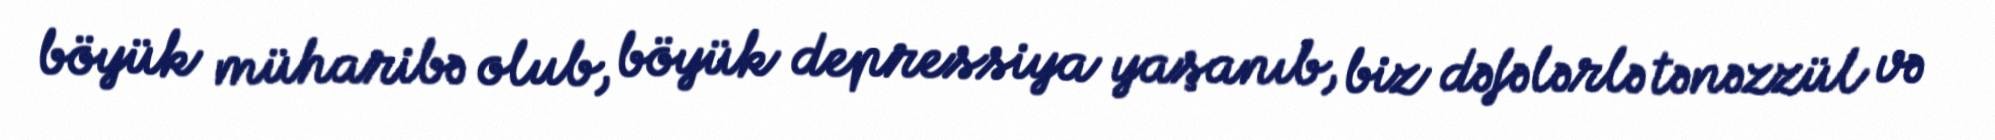
böyük müharibə olub, böyük depressiya yaşanıb, biz dəfələrlə tənəzzül və